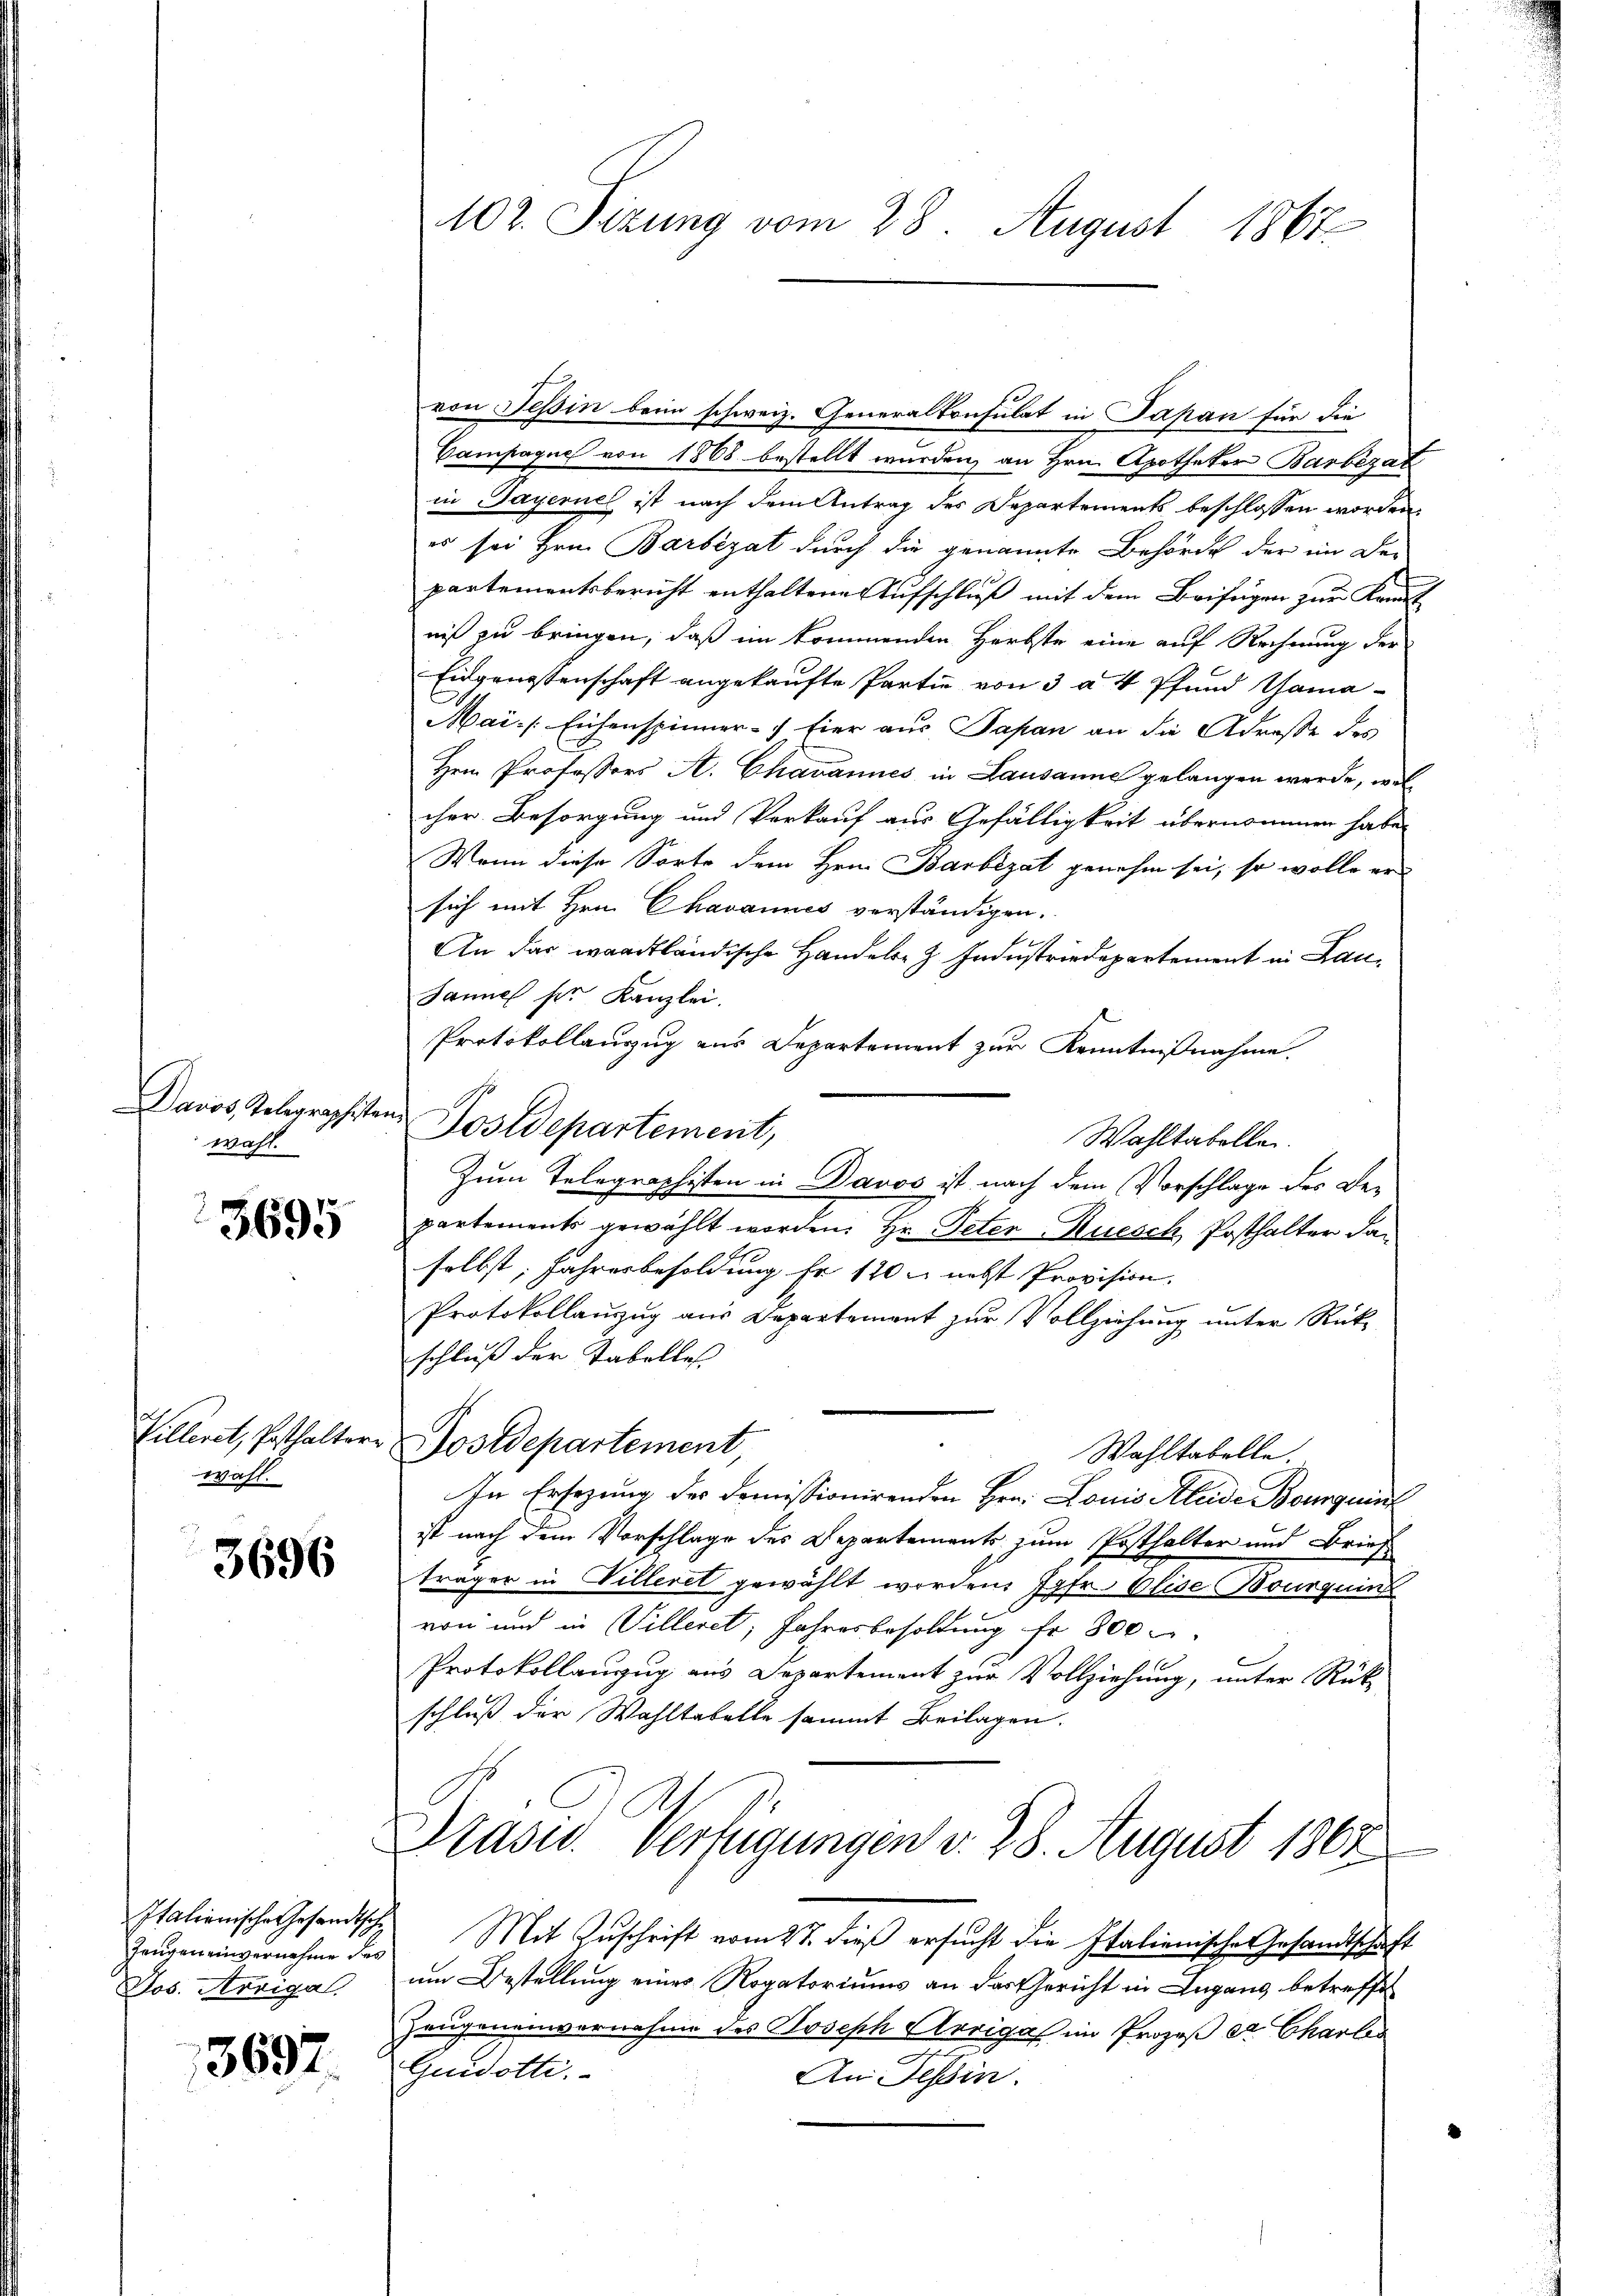
Davos, Telegraphisten,
wahl.

3695

Cilliret, Posthalter
wahl.

3696

Zeugen einvernehme des
Jos. Arriga

3697.

102. Sizung vom 28. August 1861

von Tessin beim schweiz. Generalkonsulat in Japan für die
Campagnes von 1868 bestellt wurden, an Hrn. Apotheker Barbezat
in Payernel ist nach dem Antrag des Departements beschlossen worden.
es sei Hrn. Barbezat durch die genannte Behörde der im De-
partementsbericht enthaltene Aufschluß mit dem Beifügen zur Kant
niß zu bringen, daß im kommenden Herbste eine auf Rechnung der
Eidgenossenschaft angekaufte Partie von 3 a 4 Pfund Tama¬
Mai- Eichenspinner- Eier aus Papan an die Adresse des
Hrn. Professors A. Chavannes in Lausanne gelangen werde, wel
cher Besorgung und Verkauf aus Gefälligkeit übernommen habe,
Wenn diese Sorte dem Hrn. Barbezat genehm sei, so wolle er
sich mit Hrn. Chavannes verständigen.
f
An das waadtländische Handele Z Industriedepartement in Lau¬
Daniel ser Kanzlei.
Protokollauzug aus Departement zur Kenntnißnahme.
Wahltabellen.
Zum Telegraphisten in Davos ist nach dem Vorschlage des Bepartements gewählt worden. Hr. Peter Rüesch, Posthalter daselbst, Jahresbesoldung fr. 170 u. nebst Provision.
Protokollauszug aus Departement zur Vollziehung unter Rücke
schluß der Tabelles
Postdepartement,
Wahltabelle.
In Ersezung des Domissionirenden Hrn. Louis Kleide Bouquint
ist nach dem Vorschlage des Departements zum Posthalter und Brief
träger in Villeret gewählt worden, Jgfr. Elide Bourquin
von und in Villeret, Jahresbesoldung fr. 800
Protokollanzug aus Departement zur Vollziehung, unter Rück-
schluß der Wahltabelle sammt Beilagen.
Präses Verfügungen v. 28. August 1867
Italienische Gesandtsche Mit Zuschrift vom 27. dieß ersucht die Italienischer Gesandtschaft
um Bestellung eines Rogatoriums an das Gericht in Lugang betreffe
Zeugeneinvernahme des Joseph Arriges im Prozeß er Charles
Guidotti.
An Tessin.

Postdepartement,